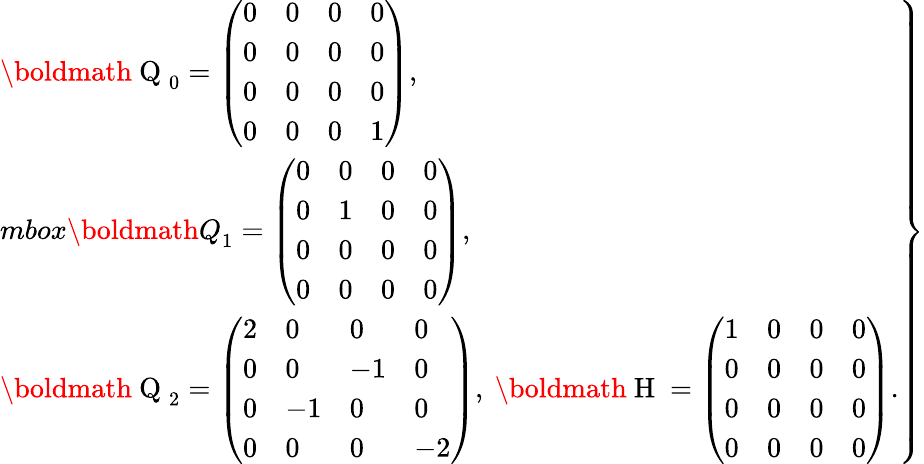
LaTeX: \begin{array}{r}{\left.\begin{array}{l}{\mathrm{\boldmath~Q~}_{0}=\left(\begin{array}{llll}{0}&{0}&{0}&{0}\\ {0}&{0}&{0}&{0}\\ {0}&{0}&{0}&{0}\\ {0}&{0}&{0}&{1}\end{array}\right),}\\ {mbox{\boldmath Q}_{1}=\left(\begin{array}{llll}{0}&{0}&{0}&{0}\\ {0}&{1}&{0}&{0}\\ {0}&{0}&{0}&{0}\\ {0}&{0}&{0}&{0}\end{array}\right),}\\ {\mathrm{\boldmath~Q~}_{2}=\left(\begin{array}{llll}{2}&{0}&{0}&{0}\\ {0}&{0}&{-1}&{0}\\ {0}&{-1}&{0}&{0}\\ {0}&{0}&{0}&{-2}\end{array}\right),\ \mathrm{\boldmath~H~}=\left(\begin{array}{llll}{1}&{0}&{0}&{0}\\ {0}&{0}&{0}&{0}\\ {0}&{0}&{0}&{0}\\ {0}&{0}&{0}&{0}\end{array}\right).}\end{array}\right\} }\end{array}